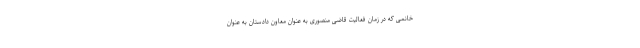
خانمی که در زمان فعالیت قاضی منصوری به عنوان معاون دادستان به عنوان